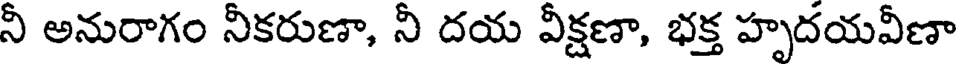
నీ అనురాగం నీకరుణా, నీ దయ వీక్షణా, భక్త హృదయవీణా